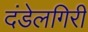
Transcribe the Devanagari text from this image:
दंडेलगिरी